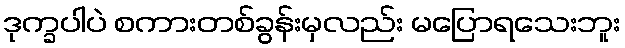
ဒုက္ခပါပဲ စကားတစ်ခွန်းမှလည်း မပြောရသေးဘူး